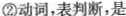
②动词，表判断，是